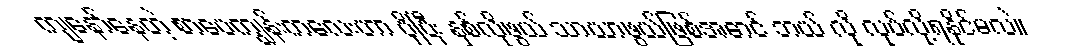
ကျနော်နေတဲ့ စာပေကျွန်းကလေးဟာ ပိုပြီး နှစ်လိုဖွယ် သာယာဖွယ်ဖြစ်အောင် ဘယ် လို လုပ်လို့ရနိုင်မလဲ။